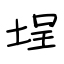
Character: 埕